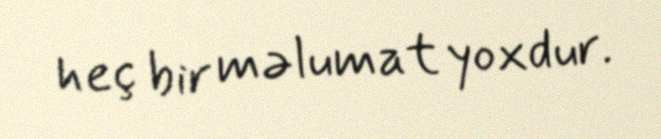
heç bir məlumat yoxdur.